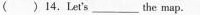
( )14.Let's\underline the map.